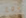
دوغ